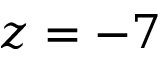
z = - 7